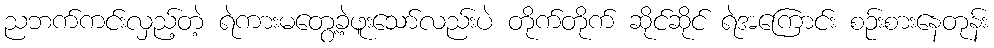
ညဘက်ကင်းလှည့်တဲ့ ရဲကားမတွေ့ခဲ့ဖူးသော်လည်းပဲ တိုက်တိုက် ဆိုင်ဆိုင် ရဲအကြောင်း စဉ်းစားနေတုန်း